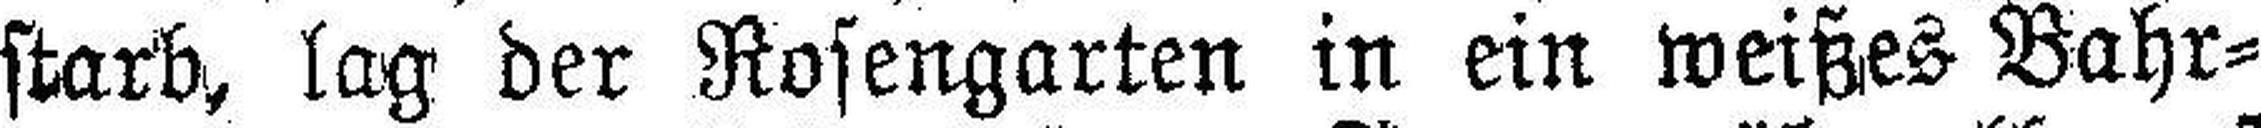
starb, lag der Rosengarten in ein weißes Bahr¬